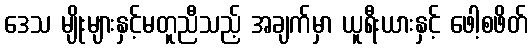
ဒေသ မျိုးများနှင့်မတူညီသည့် အချက်မှာ ယူရီးယားနှင့် ဖေါ့စဖိတ်